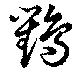
鸜